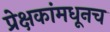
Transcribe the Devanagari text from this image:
प्रेक्षकांमधूनच